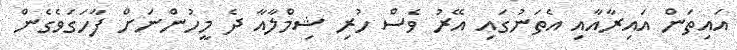
އައިތަން އައިރާއާއި އެތަނުގައި އޭރު ވެސް ހުރި ޝިމްލާއާ ދެ މީހުންނަށް ފާހަގަވެގެން